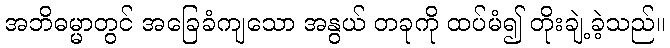
အဘိဓမ္မာတွင် အခြေခံကျသော အနွယ် တခုကို ထပ်မံ၍ တိုးချဲ့ခဲ့သည်။